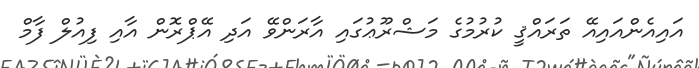
އައިއެންއައިއޭ ތަރައްޤީ ކުރުމުގެ މަޝްރޫޢުގައި އާރަންވޭ އަދި އޭޕްރޮން އާއި ފިއުލް ފާމް